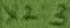
Text: X2:3